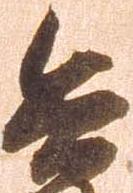
兵